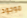
موجود